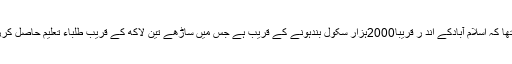
ان کا کہناتھا کہ اسلام آبادکے اند ر قریباً2000ہزار سکول بندہونے کے قریب ہے جس میں ساڑھے تین لاکھ کے قریب طلباء تعلیم حاصل کررہے ہیں ۔